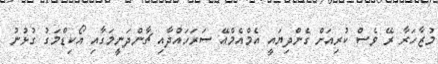
މުޒާހަރާ ރޭ ވެސް ކުރިއަށް ގެންދިޔައީ އެމްއެމްއޭ ސަރަހައްދާއި ޗާންދަނީމަގާއި އޯކިޑްމަގު ގުޅުނު